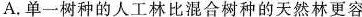
A.单一树种的人工林比混合树种的天然林更容